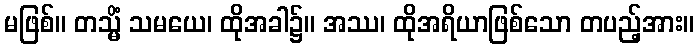
မဖြစ်။ တသ္မိံ သမယေ၊ ထိုအခါ၌။ အဿ၊ ထိုအရိယာဖြစ်သော တပည့်အား။